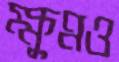
ক্ষুণ্নও